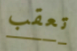
تعقب